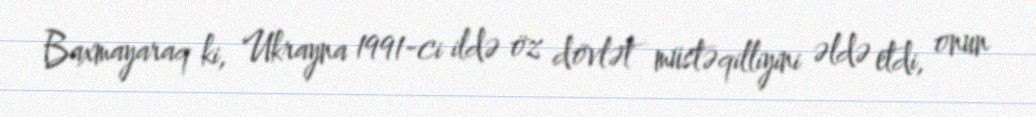
Baxmayaraq ki, Ukrayna 1991-ci ildə öz dövlət müstəqilliyini əldə etdi, onun